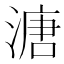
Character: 溏